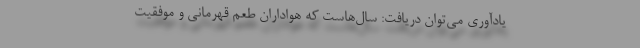
یادآوری می‌توان دریافت: سال‌هاست که هواداران طعم قهرمانی و موفقیت